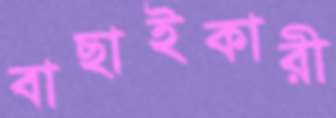
বাছাইকারী